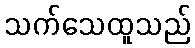
သက်သေထူသည်